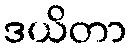
ဒယိတာ